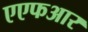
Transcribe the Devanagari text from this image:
एएफआर